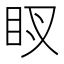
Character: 𥄗